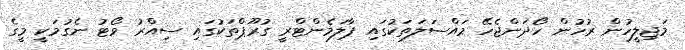
މަޖިލީހުން ރުހުން ހޯދަންޖެހޭ މައްސަލަތަކުގައި ޕާލަމެންޓްރީ ގުރޫޕްތަކުގައި ސިއްރު ވޯޓު ނެގުމަކީ މީގެ